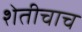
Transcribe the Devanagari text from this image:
शेतीचाच